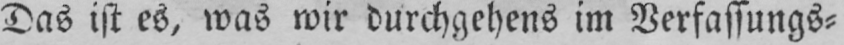
Das ist es, was wir durchgehens im Verfassungs⸗